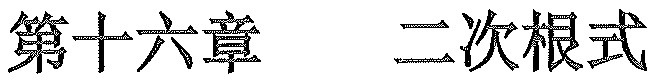
第十六章  二次根式